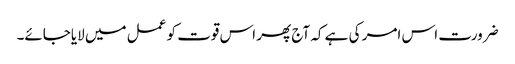
ضرورت اس امر کی ہے کہ آج پھر اس قوت کو عمل میں لایاجائے۔